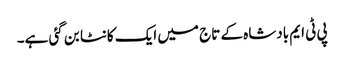
پی ٹی ایم بادشاہ کے تاج میں ایک کانٹا بن گئی ہے۔